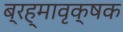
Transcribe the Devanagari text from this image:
ब्रह्मावृक्षक